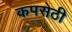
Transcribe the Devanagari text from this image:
कपसेठी